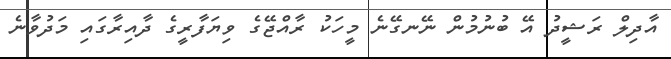
އާދިލް ރަޝީދު އޭ ބުނުމުން ނޭނގޭނެ މީހަކު ރާއްޖޭގެ ވިޔަފާރީގެ ދާއިރާގައި މަދުވާނެ